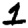
Digit: 1